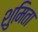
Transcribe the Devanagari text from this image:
शुमिता